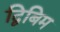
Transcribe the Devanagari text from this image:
द्विबिम